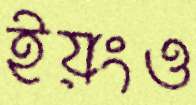
ইয়ংও